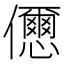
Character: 𠑓